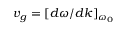
v _ { g } = [ d \omega / d k ] _ { \omega _ { 0 } }